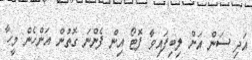
އަދި ސަން އަށް ލިބިފައިވާ ފޮޓޯ އިން ފެންނަ ގޮތުން އަންހެން މީހާ